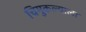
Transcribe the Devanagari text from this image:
चिमुकल्याला